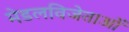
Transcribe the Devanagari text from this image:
मेडलविजेताओं